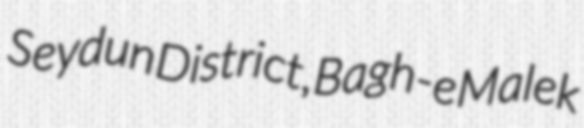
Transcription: Seydun District, Bagh-e Malek